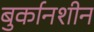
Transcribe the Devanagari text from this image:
बुर्कानशीन